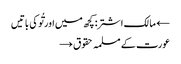
← مالک اشتر: کچھ میں اور تُو کی باتیں
عورت کے مسلمہ حقوق →